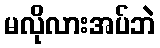
မလိုလားအပ်ဘဲ